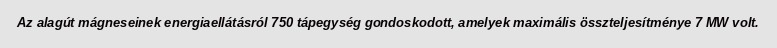
Az alagút mágneseinek energiaellátásról 750 tápegység gondoskodott, amelyek maximális összteljesítménye 7 MW volt.